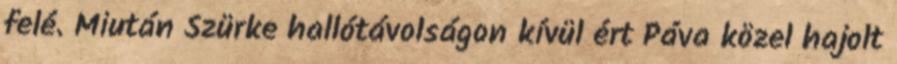
felé. Miután Szürke hallótávolságon kívül ért Páva közel hajolt